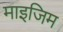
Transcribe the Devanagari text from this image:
माइजिम